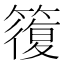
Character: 𥳇